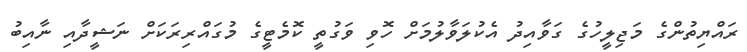
ރައްޔިތުންގެ މަޖިލީހުގެ ގަވާއިދު އެކުލަވާލުމަށް ހޮވި ވަގުތީ ކޮމެޓީގެ މުގައްރިރަކަށް ނަޝީދާއި ނާއިބު